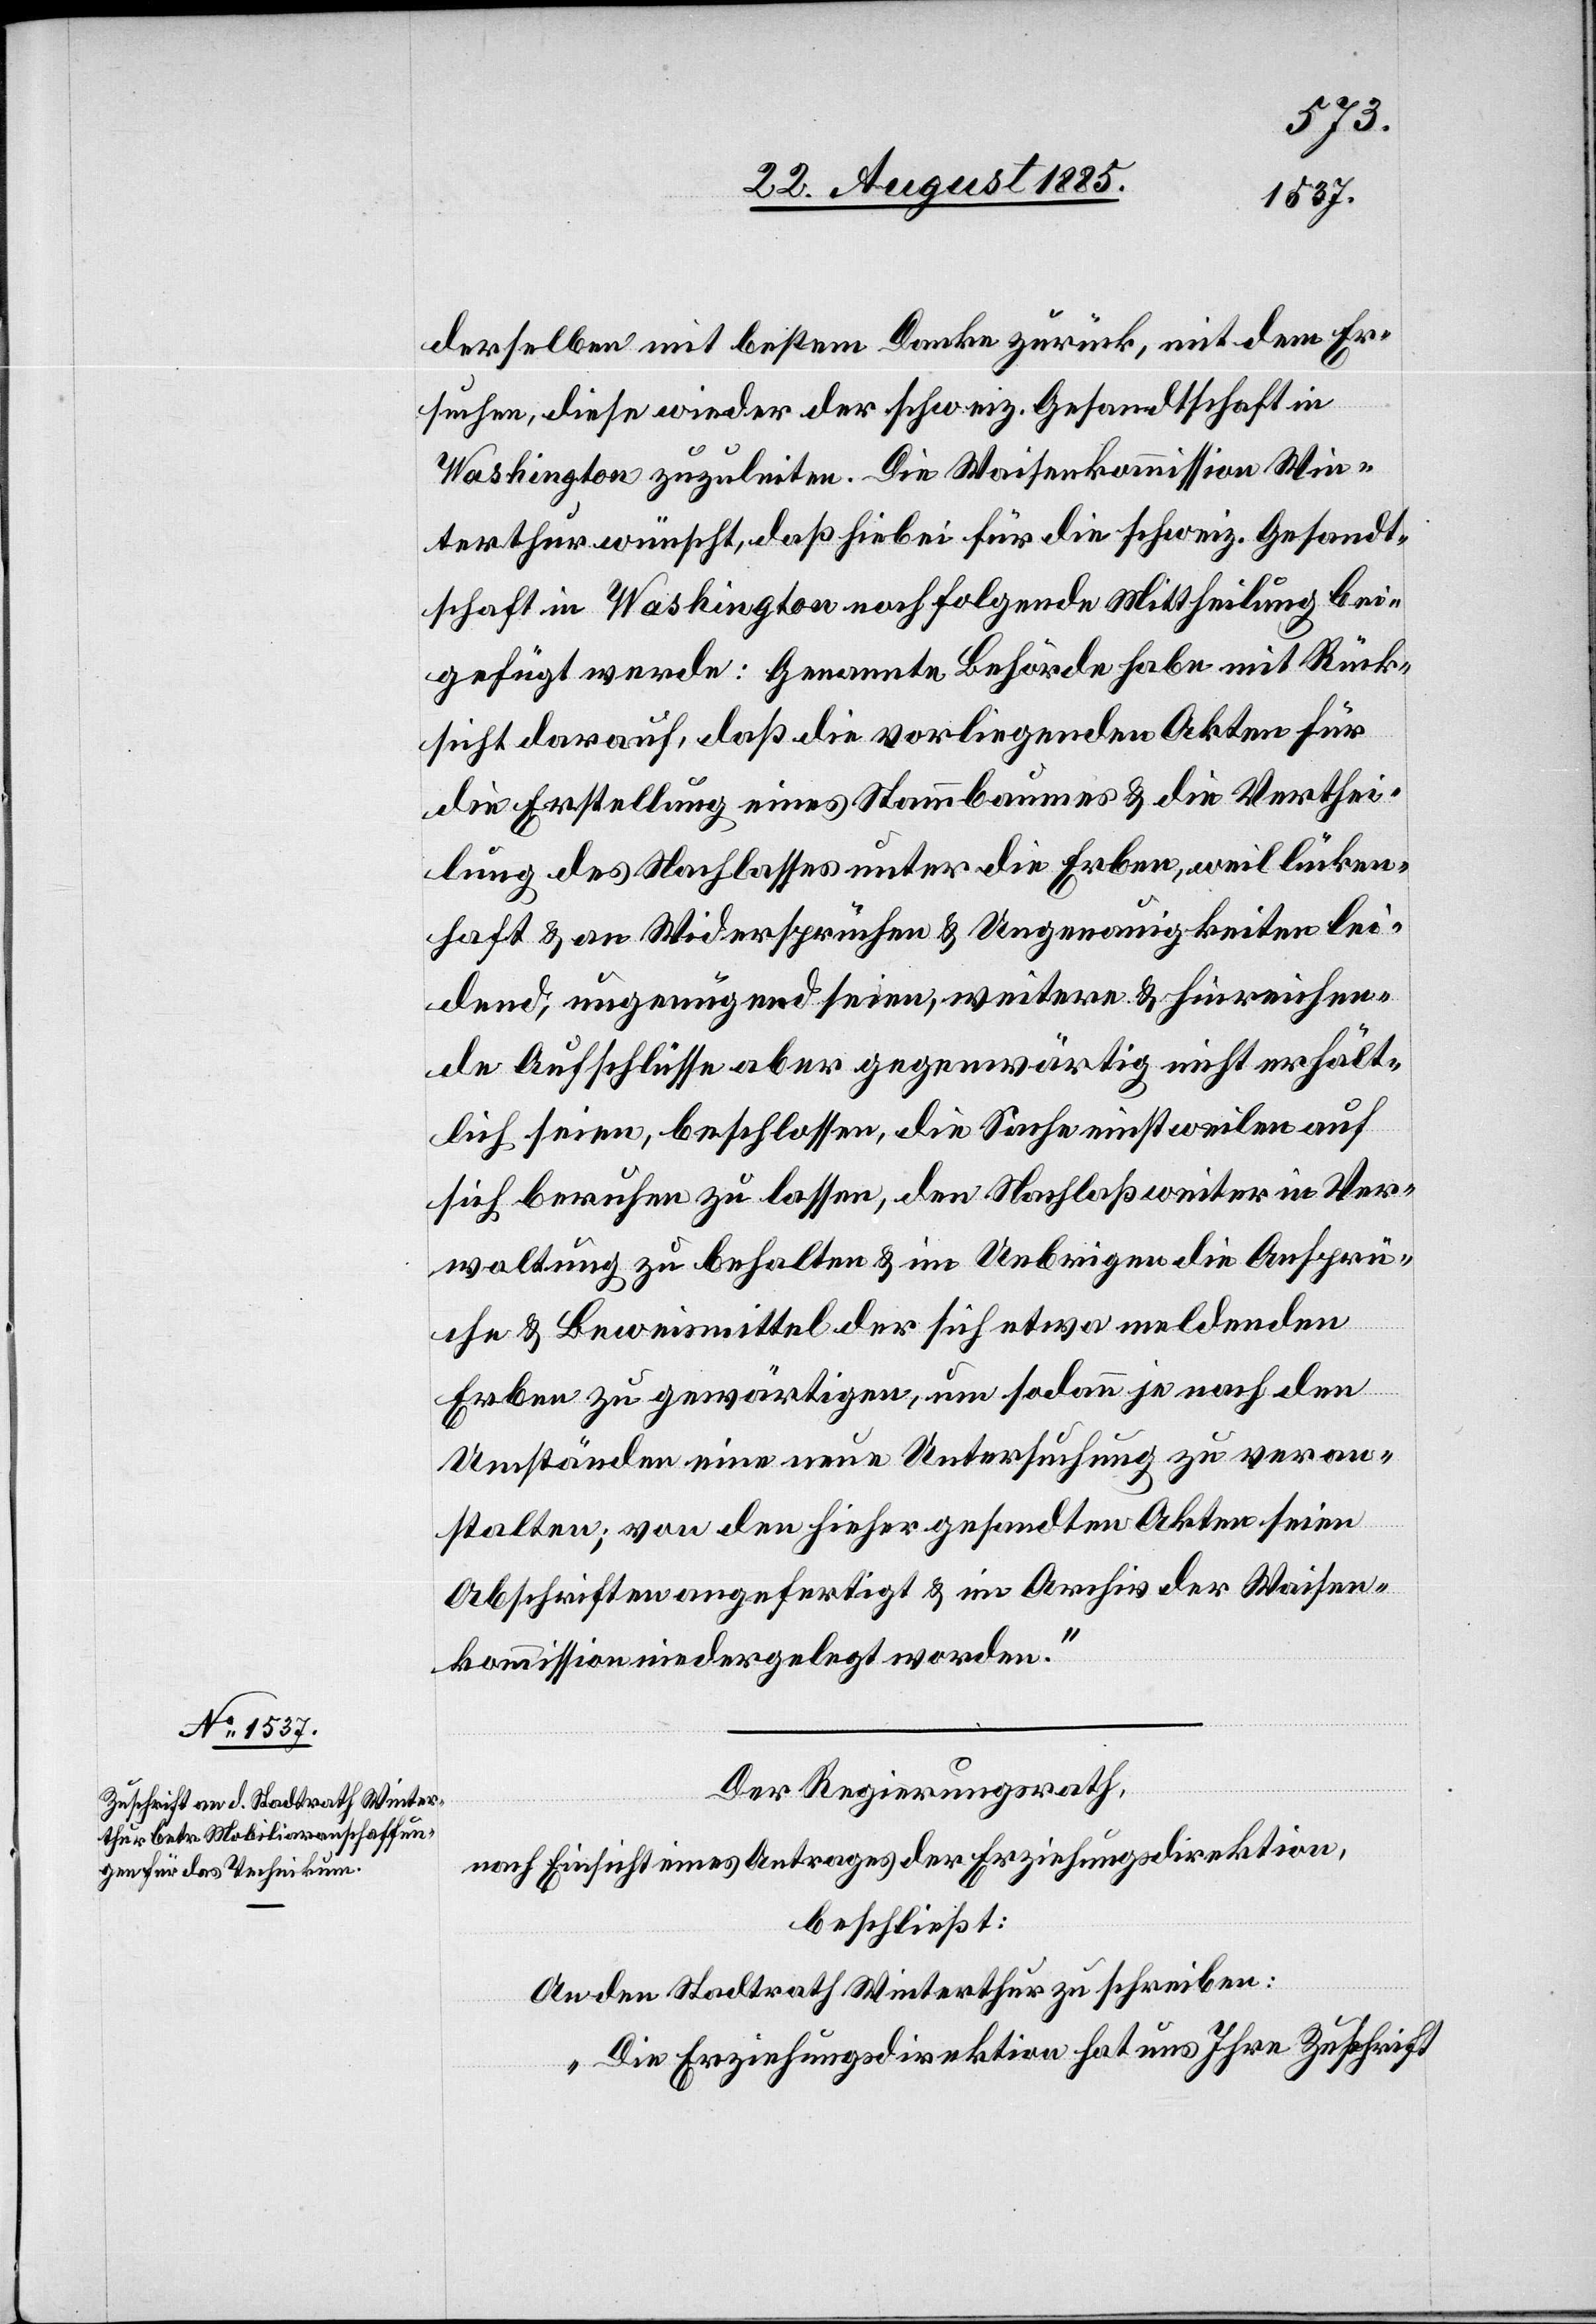
derselben mit bestem Danke zurück, mit dem Er¬
suchen, diese wieder der schweiz. Gesandtschaft in
Washington zuzuleiten. Die Waisenkommission Win¬
terthur wünscht, daß hiebei für die schweiz. Gesandt¬
schaft in Washington nachfolgende Mittheilung bei¬
gefügt werde: Genannte Behörde habe mit Rück¬
sicht darauf, daß die vorliegenden Akten für
die Erstellung eines Stammbaumes & die Verthei¬
lung des Nachlasses unter die Erben, weil lücken¬
haft & an Widersprüchen & Ungenauigkeiten lei¬
dend, ungenügend seien, weitere & hinreichen¬
de Aufschlüsse aber gegenwärtig nicht erhält¬
lich seien, beschlossen, die Sache einstweilen auf
sich beruhen zu lassen, den Nachlaß weiter in Ver¬
waltung zu behalten & im Uebrigen die Ansprü¬
che & Beweismittel der sich etwa meldenden
Erben zu gewärtigen, um sodann je nach den
Umständen eine neue Untersuchung zu veran¬
stalten; von den hieher gesandten Akten seien
Abschriften angefertigt & im Archiv der Waisen¬
kommission niedergelegt worden.“
Der Regierungsrath,
nach Einsicht eines Antrages der Erziehungsdirektion,
beschließt:
An den Stadtrath Winterthur zu schreiben:
„Die Erziehungsdirektion hat uns Ihre Zuschrift